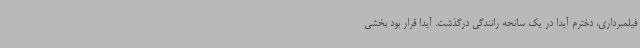
فیلمبرداری، دخترم آیدا در یک سانحه رانندگی درگذشت. آیدا قرار بود بخشی